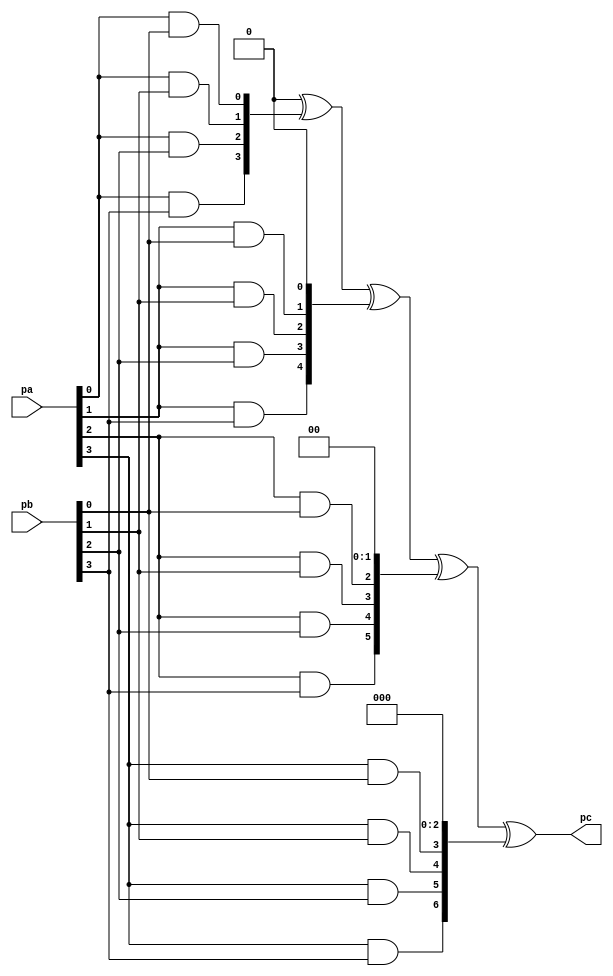
`timescale 1ns / 1ps
//////////////////////////////////////////////////////////////////////////////////
// Company: 
// 
// Design Name: 
// Module Name: 
// Project Name: poly_arithmetic
// Target Devices:
// Tool Versions:
// Description: Polynomial arithmetic implementation
// Dependencies:
// Revision:
// Revision 0.01 - File Created
// Additional Comments:
// License: MIT
//  Copyright (c) 2023 Dmitry Matyunin
//  Permission is hereby granted, free of charge, to any person obtaining a copy
//  of this software and associated documentation files (the "Software"), to deal
//  in the Software without restriction, including without limitation the rights
//  to use, copy, modify, merge, publish, distribute, sublicense, and/or sell
//  copies of the Software, and to permit persons to whom the Software is
//  furnished to do so, subject to the following conditions:
//
//  The above copyright notice and this permission notice shall be included in
//  all copies or substantial portions of the Software.
//
//  THE SOFTWARE IS PROVIDED "AS IS", WITHOUT WARRANTY OF ANY KIND, EXPRESS OR
//  IMPLIED, INCLUDING BUT NOT LIMITED TO THE WARRANTIES OF MERCHANTABILITY
//  FITNESS FOR A PARTICULAR PURPOSE AND NONINFRINGEMENT. IN NO EVENT SHALL THE
//  AUTHORS OR COPYRIGHT HOLDERS BE LIABLE FOR ANY CLAIM, DAMAGES OR OTHER
//  LIABILITY, WHETHER IN AN ACTION OF CONTRACT, TORT OR OTHERWISE, ARISING FROM,
//  OUT OF OR IN CONNECTION WITH THE SOFTWARE OR THE USE OR OTHER DEALINGS IN
//  THE SOFTWARE.
// 
//////////////////////////////////////////////////////////////////////////////////

//////////////////////////////////////////////////////////////////////////////////
//
//  Polynomial representation:
//
//  1) GF(2)
//	 if: 
//      p(x) = a[0] + a[1]*x + a[2]*x^2 + ... + a[k]*x^k (a[i] is in GF(2), k <= POLY_P_WIDTH-1)
//   then:
//      px[POLY_X_WIDTH-1:0] = {a[k], ..., a[2], a[1], a[0]}
//   
//  2) GF(2^m)
//   if:
//      p(x) = b[0] + b[1]*x + b[2]*x^2 + ... + b[k]*x^k (b[i] is in GF(2^m), k <= POLY_P_WIDTH-1)
//		b[i] = alpha^s, were s is from set: -inf, 0, 1, 2, ..., m
//      width of b[i] is M_VALUE, bit-order is little-endian
//   then:
//      px[POLY_X_WIDTH-1:0] = {b[k], ..., b[2], b[1], b[0]}
//
//////////////////////////////////////////////////////////////////////////////////

//
// Polynomial multiplication in GF(2)
// Operation: c(x) = a(x) * b(x)
//
module poly_mul #(
	parameter POLY_A_WIDTH = 4,		// Width of polynomial A
	parameter POLY_B_WIDTH = 4      // Width of polynomial A
)
(
    input wire [POLY_A_WIDTH-1:0]pa,					// Polynomial A
    input wire [POLY_B_WIDTH-1:0]pb,					// Polynomial B
    output wire [(POLY_A_WIDTH+POLY_B_WIDTH-1)-1:0]pc   // Polynomial C (product)
);

reg [(POLY_A_WIDTH+POLY_B_WIDTH-1)-1:0]and_table[POLY_A_WIDTH-1:0];
reg [(POLY_A_WIDTH+POLY_B_WIDTH-1)-1:0]xor_res;

integer i, j;

assign pc = xor_res;

always @(*) begin
	xor_res = {(POLY_A_WIDTH+POLY_B_WIDTH-1){1'b0}};
	
	for (i = 0; i < POLY_A_WIDTH; i = i + 1) begin
		and_table[i] = {((POLY_A_WIDTH+POLY_B_WIDTH)-1){1'b0}};
	end
	
	for (i = 0; i < POLY_A_WIDTH; i = i + 1) begin
		for (j = 0; j < POLY_B_WIDTH; j = j + 1) begin
			and_table[i][j+i] = pa[i] & pb[j];
		end
	end
	
	for (i = 0; i < POLY_A_WIDTH; i = i + 1) begin
		xor_res = xor_res ^ and_table[i];
	end
end

endmodule

//
// Polynomial division in GF(2)
// Operation: a(x) / b(x) -> a(x) = b(x) * q(x) + r(x)
//
module poly_div #(
	parameter POLY_A_WIDTH = 4,		// Width of polynomial A
	parameter POLY_B_WIDTH = 4		// Width of polynomial B
)
(
	input wire [POLY_A_WIDTH-1:0]pa,	// Polynomial A
	input wire [POLY_B_WIDTH-1:0]pb,	// Polynomial B
	output wire [POLY_A_WIDTH-1:0]pq,	// Polynomial Q (quotient) 
	output wire [POLY_B_WIDTH-1:0]pr	// Polynomial R (remainder) 
);

reg [(POLY_B_WIDTH-1)-1:0]r_state_tmp[POLY_A_WIDTH-1:0];
reg [POLY_B_WIDTH-1:0]c_state_tmp[POLY_A_WIDTH-1:0];
reg [(POLY_B_WIDTH-1)-1:0]r_state[POLY_A_WIDTH:0];
reg [POLY_A_WIDTH-1:0]quo;
reg [POLY_B_WIDTH-1:0]pb_deg;

integer i, j;

assign pr = r_state[POLY_A_WIDTH];
assign pq = quo;

always @(*) begin
	pb_deg = {POLY_B_WIDTH{1'b0}};
	
	for (i = 0; i < POLY_B_WIDTH; i = i + 1)begin
		if (pb[i] & 1'b1) begin
			pb_deg = i;
		end	 
	end
end

always @(*) begin
	r_state[0] = {(POLY_B_WIDTH-1){1'b0}};
	for (i = 0; i < POLY_A_WIDTH; i = i + 1) begin
		c_state_tmp[i][0] = pa[POLY_A_WIDTH-1-i];
		for (j = 1; j < POLY_B_WIDTH; j = j + 1) begin
			c_state_tmp[i][j] = r_state[i][j-1];
		end
		for (j = 0; j < POLY_B_WIDTH-1; j = j + 1) begin
			r_state_tmp[i][j] = c_state_tmp[i][j] ^ (pb[j] & c_state_tmp[i][pb_deg]);
		end
		quo[POLY_A_WIDTH-1-i] = c_state_tmp[i][pb_deg];
		r_state[i+1] = r_state_tmp[i];
	end
end

endmodule

//
// Polynomial modular multiplication in GF(2)
// Operation: c(x) = a(x)*b(x) (mod p(x))
//
module poly_mul_mod #(
	parameter POLY_A_WIDTH = 3,		// Width of Polynomial A
	parameter POLY_B_WIDTH = 2,		// Width of Polynomial B
	parameter POLY_P_WIDTH = 3		// Width of Polynomial P
)
(
	input wire [POLY_A_WIDTH-1:0]pa, 	// Polynomial A
	input wire [POLY_B_WIDTH-1:0]pb, 	// Polynomial B
	input wire [POLY_P_WIDTH-1:0]pp, 	// Polynomial P (must be irreducible over GF(2))
	output wire [POLY_P_WIDTH-1:0]pc	// Polynomial C (product)
);

wire [(POLY_A_WIDTH+POLY_B_WIDTH-1)-1:0]mul_res;
wire [POLY_P_WIDTH-1:0]rem_res;

assign pc = rem_res;
			
poly_mul #(
	.POLY_A_WIDTH(POLY_A_WIDTH),
	.POLY_B_WIDTH(POLY_B_WIDTH)
) poly_mul_inst (
	.pa(pa),
	.pb(pb),
	.pc(mul_res)
);
			
poly_div #(
	.POLY_A_WIDTH(POLY_A_WIDTH+POLY_B_WIDTH-1),
	.POLY_B_WIDTH(POLY_P_WIDTH)
) poly_div_inst (
	.pa(mul_res),
	.pb(pp),
	.pq(),
	.pr(rem_res)
);

endmodule

//
// Polynomial multiplication in GF(2^m)
// Operation: c(x) = a(x) * b(x)
//
module poly_mul_2m #(
	parameter POLY_A_WIDTH = 3,		// Width of Polynomial A
	parameter POLY_B_WIDTH = 2,		// Width of Polynomial B
	parameter M_VALUE = 2			// Degree of 2 (m)
)
(
	input wire [POLY_A_WIDTH*M_VALUE-1:0]pa,					// Polynomial A
	input wire [POLY_B_WIDTH*M_VALUE-1:0]pb,					// Polynomial B
	input wire [M_VALUE:0]pp,									// Polynomial P (must be irreducible over GF(2))
	output wire [(POLY_A_WIDTH+POLY_B_WIDTH-1)*M_VALUE-1:0]pc	// Polynomial C (product)
);

reg [(POLY_A_WIDTH+POLY_B_WIDTH-1)*M_VALUE-1:0]xor_table[POLY_A_WIDTH-1:0];
reg [(POLY_A_WIDTH+POLY_B_WIDTH-1)*M_VALUE-1:0]xor_res;
wire [POLY_B_WIDTH*M_VALUE-1:0]mul_mod_table[POLY_A_WIDTH-1:0];

integer i;
genvar g, k;

assign pc = xor_res;

always @(*) begin
	xor_res = {((POLY_A_WIDTH+POLY_B_WIDTH-1)*M_VALUE){1'b0}};
	
	for (i = 0; i < POLY_A_WIDTH; i = i + 1) begin
		xor_table[i] = {((POLY_A_WIDTH+POLY_B_WIDTH-1)*M_VALUE){1'b0}};
	end
	
	for (i = 0; i < POLY_A_WIDTH; i = i + 1) begin
		xor_table[i][(POLY_B_WIDTH+i)*M_VALUE-1-:POLY_B_WIDTH*M_VALUE] = mul_mod_table[i];
	end
	
	for (i = 0; i < POLY_A_WIDTH; i = i + 1) begin
		xor_res = xor_res ^ xor_table[i];
	end
end

generate
	for (g = 0; g < POLY_A_WIDTH; g = g + 1) begin
		for (k = 0; k < POLY_B_WIDTH; k = k + 1) begin
			wire [M_VALUE:0]mul_mod_res;
			
			assign mul_mod_table[g][(k+1)*M_VALUE-1-:M_VALUE] = mul_mod_res[M_VALUE-1:0];
			
			poly_mul_mod #(
				.POLY_A_WIDTH(M_VALUE),
				.POLY_B_WIDTH(M_VALUE),
				.POLY_P_WIDTH(M_VALUE+1)
			) poly_mul_mod_inst (
				.pa(pa[(g+1)*M_VALUE-1-:M_VALUE]),
				.pb(pb[(k+1)*M_VALUE-1-:M_VALUE]),
				.pp(pp),
				.pc(mul_mod_res)
			);
			
		end
	end
endgenerate

endmodule

//
// Polynomial division in GF(2^m)
// Operation: a(x) / b(x) -> a(x) = b(x) * q(x) + r(x)
// b(x) must be type of b[0]+b[1]*x+b[2]*x^2+...+b[k-1]*x^(k-1)+1*x^k, where k <= (POLY_B_WIDTH-1) 
//   and b[i] is element of GF(2^m)
//
module poly_div_2m #(
	parameter POLY_A_WIDTH = 3,		// Width of Polynomial A
	parameter POLY_B_WIDTH = 2,		// Width of Polynomial B
	parameter M_VALUE = 2			// Degree of 2 (m)
)
(
	input wire [POLY_A_WIDTH*M_VALUE-1:0]pa,	// Polynomial A
	input wire [POLY_B_WIDTH*M_VALUE-1:0]pb,	// Polynomial B
	input wire [M_VALUE:0]pp,					// Polynomial P (must be irreducible over GF(2))
	output wire [POLY_A_WIDTH*M_VALUE-1:0]pq,	// Polynomial Q (quotient) 
	output wire [POLY_B_WIDTH*M_VALUE-1:0]pr	// Polynomial R (remainder) 
);

reg [POLY_B_WIDTH*M_VALUE-1:0]c_state[POLY_A_WIDTH-1:0];
reg [(POLY_B_WIDTH-1)*M_VALUE-1:0]r_state[POLY_A_WIDTH:0];
reg [(POLY_B_WIDTH-1)*M_VALUE-1:0]r_state_tmp[POLY_A_WIDTH-1:0];
reg [POLY_A_WIDTH*M_VALUE-1:0]quo;
reg [POLY_B_WIDTH*M_VALUE-1:0]pb_deg;

wire [(POLY_B_WIDTH-1)*M_VALUE-1:0]mul_2m_table[POLY_A_WIDTH-1:0];

integer i, j;
genvar g, k;

assign pr = r_state[POLY_A_WIDTH];
assign pq = quo;

always @(*) begin
	pb_deg = {(POLY_B_WIDTH*M_VALUE){1'b0}};
	
	for (i = 0; i < POLY_B_WIDTH; i = i + 1)begin
		if (pb[(i+1)*M_VALUE-1-:M_VALUE] != {(M_VALUE){1'b0}}) begin
			pb_deg = i;
		end	 
	end
end

always @(*) begin
	r_state[0] = {((POLY_B_WIDTH-1)*M_VALUE){1'b0}};
	
	for (i = 0; i < POLY_A_WIDTH; i = i + 1) begin
		c_state[i][M_VALUE-1:0] = pa[(POLY_A_WIDTH-i)*M_VALUE-1-:M_VALUE];
		for (j = 1; j < POLY_B_WIDTH; j = j + 1) begin
			c_state[i][(j+1)*M_VALUE-1-:M_VALUE] = r_state[i][j*M_VALUE-1-:M_VALUE];
		end
		for (j = 0; j < POLY_B_WIDTH-1; j = j + 1) begin
			r_state_tmp[i][(j+1)*M_VALUE-1-:M_VALUE] = 
			c_state[i][(j+1)*M_VALUE-1-:M_VALUE] ^ mul_2m_table[i][(j+1)*M_VALUE-1-:M_VALUE];
		end
		quo[(POLY_A_WIDTH-i)*M_VALUE-1-:M_VALUE] = c_state[i][(pb_deg+1)*M_VALUE-1-:M_VALUE];
		r_state[i+1] = r_state_tmp[i];
	end
end

generate
	for (g = 0; g < POLY_A_WIDTH; g = g + 1) begin
		for (k = 0; k < POLY_B_WIDTH - 1; k = k + 1) begin

			wire [M_VALUE:0]mul_mod_res;

			assign mul_2m_table[g][(k+1)*M_VALUE-1-:M_VALUE] = mul_mod_res[M_VALUE-1:0];
			
			poly_mul_mod #(
				.POLY_A_WIDTH(M_VALUE),
				.POLY_B_WIDTH(M_VALUE),
				.POLY_P_WIDTH(M_VALUE+1)
			) poly_mul_mod_inst (
				.pa(c_state[g][(pb_deg+1)*M_VALUE-1-:M_VALUE]),
				.pb(pb[(k+1)*M_VALUE-1-:M_VALUE]),
				.pp(pp),
				.pc(mul_mod_res)
			);
		
		end
	end
endgenerate

endmodule

//
// Greatest Common Divisor of two polynomials in GF(2)
// Operation: c(x) = GCD(a(x), b(x))
//
module poly_gcd #(
	parameter POLY_WIDTH = 4 	// Width of Polynomials
)
(
	input wire [POLY_WIDTH-1:0]pa,		// Polynomial A
	input wire [POLY_WIDTH-1:0]pb,		// Polynomial B
	output wire [POLY_WIDTH-1:0]pc		// Polynomial C (product)
);

wire [POLY_WIDTH-1:0]pa_vec[POLY_WIDTH:0];
wire [POLY_WIDTH-1:0]pb_vec[POLY_WIDTH:0];
wire [POLY_WIDTH-1:0]pr_vec[POLY_WIDTH-1:0];
reg [POLY_WIDTH-1:0]gcd;

integer i;
genvar g;

assign pa_vec[0] = (pa > pb) ? pa : pb;
assign pb_vec[0] = (pa > pb) ? pb : pa;

assign pc = gcd;

always @(*) begin
	gcd = {{(POLY_WIDTH-1){1'b0}}, {1'b1}};
	
	for (i = POLY_WIDTH - 1; i >= 0; i = i - 1) begin
		if (pr_vec[i] == {POLY_WIDTH{1'b0}}) begin
			gcd = pb_vec[i];
		end
	end
end

generate
	for (g = 0; g < POLY_WIDTH; g = g + 1) begin
		
		assign pa_vec[g+1] = pb_vec[g];
		assign pb_vec[g+1] = pr_vec[g];
	
		poly_div #(
			.POLY_A_WIDTH(POLY_WIDTH),
			.POLY_B_WIDTH(POLY_WIDTH)
		) poly_width_inst (
			.pa(pa_vec[g]),
			.pb(pb_vec[g]),
			.pq(),
			.pr(pr_vec[g])
		);
	end
endgenerate

endmodule

//
// Least Common Multiple of two polynomials in GF(2)
// Operation: c(x) = LCM(a(x), b(x))
//
module poly_lcm #(
	parameter POLY_WIDTH = 4	// Width of Polynomials
)
( 
	input wire [POLY_WIDTH-1:0]pa,			// Polynomial A
	input wire [POLY_WIDTH-1:0]pb,			// Polynomial B
	output wire [(2*POLY_WIDTH-1)-1:0]pc	// Polynomial C (product)
);

wire [POLY_WIDTH-1:0]gcd;
wire [(2*POLY_WIDTH-1)-1:0]mul;

poly_gcd #(
	.POLY_WIDTH(POLY_WIDTH)
) poly_gcd_inst (
	.pa(pa),
	.pb(pb),
	.pc(gcd)
);

poly_mul #(
	.POLY_A_WIDTH(POLY_WIDTH),
	.POLY_B_WIDTH(POLY_WIDTH)
) poly_mul_inst (
    .pa(pa),
    .pb(pb),
    .pc(mul)
);

poly_div #(
	.POLY_A_WIDTH(2*POLY_WIDTH-1),
	.POLY_B_WIDTH(POLY_WIDTH)
) poly_div_inst (
	.pa(mul),
	.pb(gcd),
	.pq(pc),
	.pr()
);

endmodule